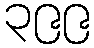
၃၉၉